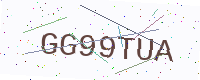
Text: GG99TUA